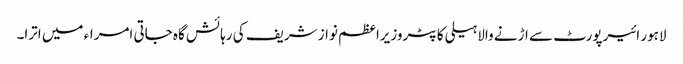
لاہور ائیرپورٹ سے اڑنے والا ہیلی کاپٹر وزیراعظم نواز شریف کی رہائش گاہ جاتی امراء میں اترا۔